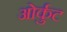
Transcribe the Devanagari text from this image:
ओर्कुट